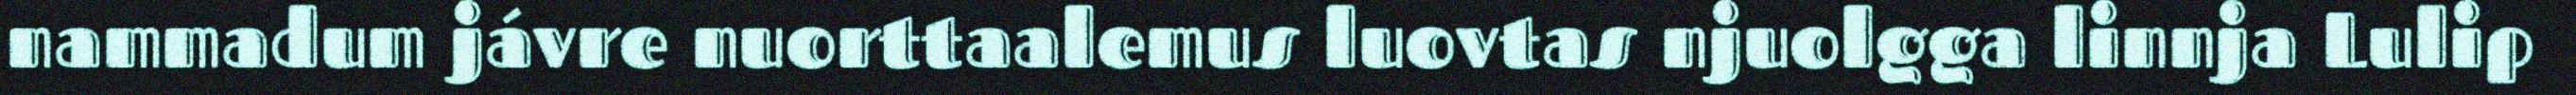
nammadum jávre nuorttaalemus luovtas njuolgga linnja Lulip